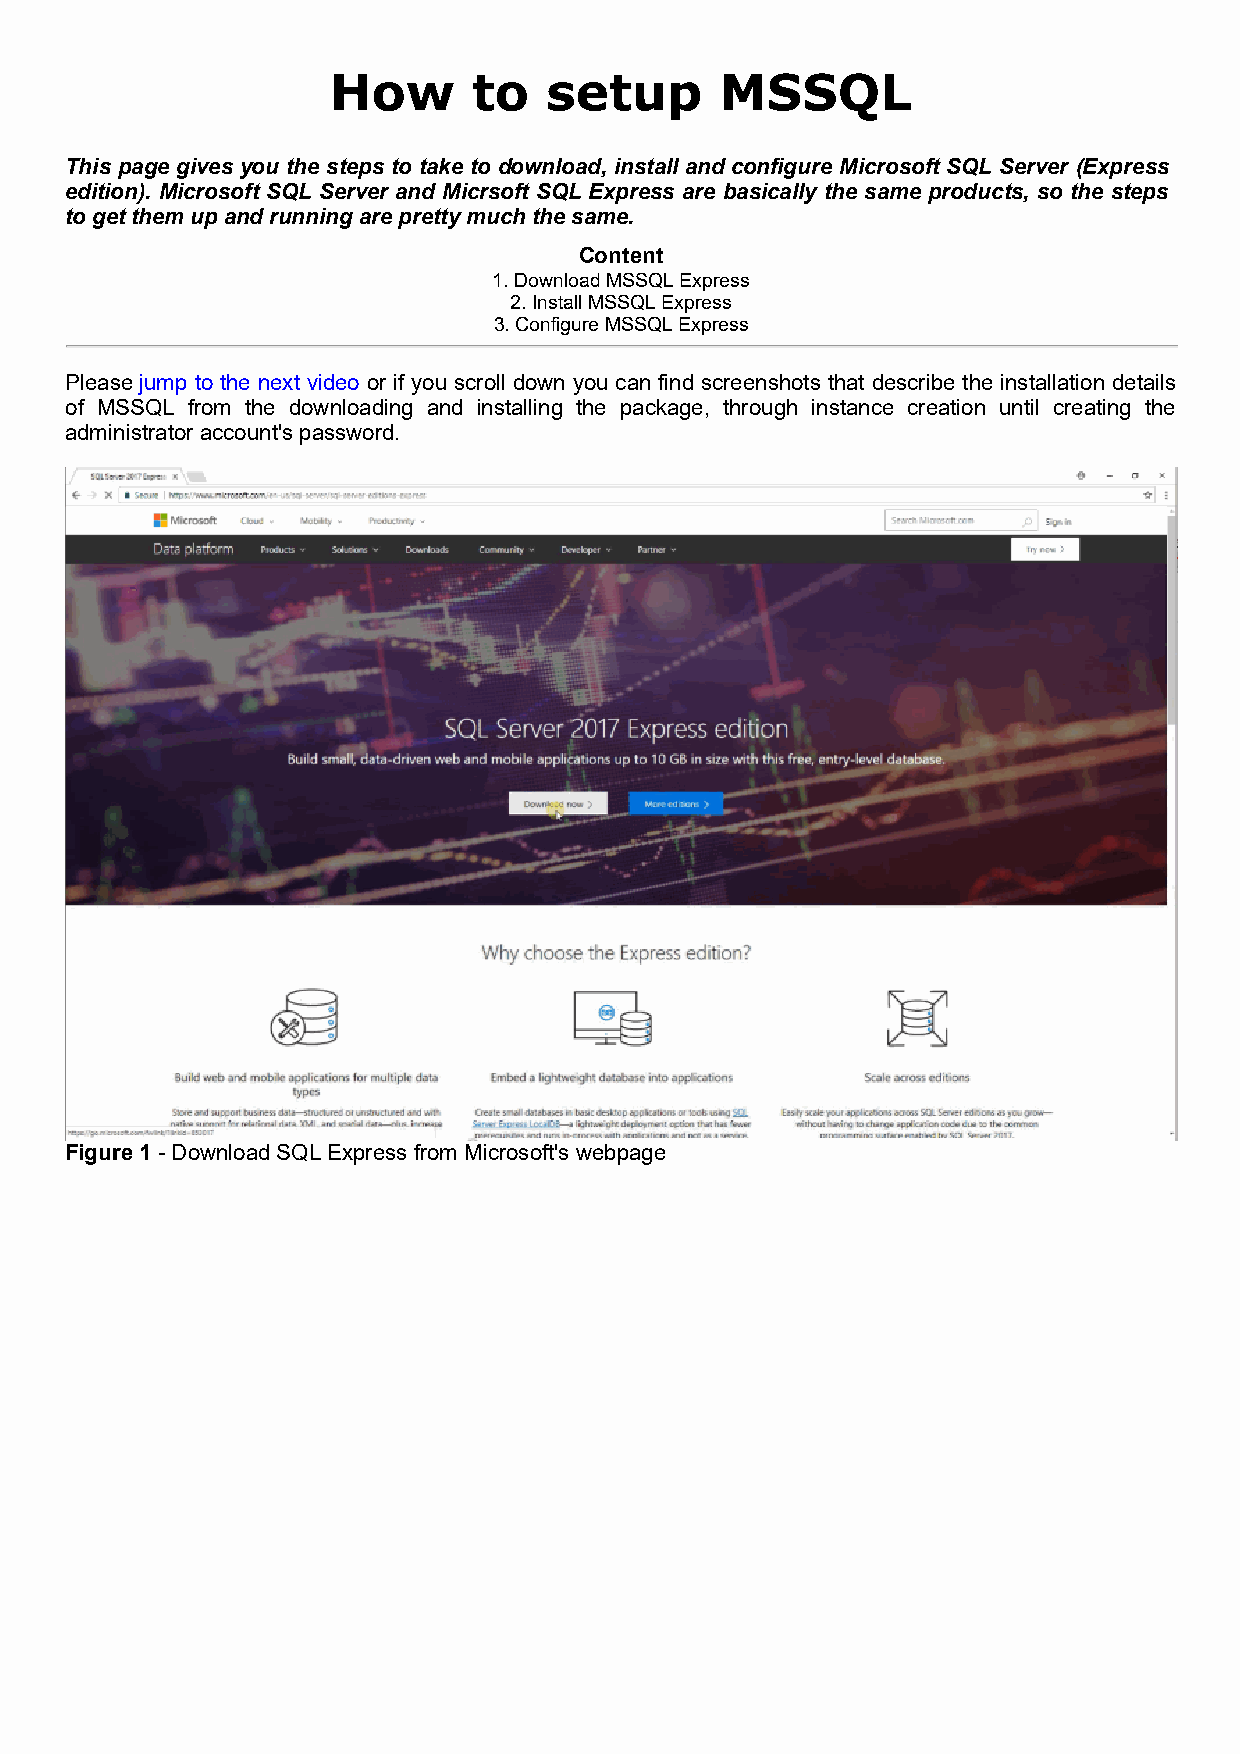
How      to   setup       MSSQL
 This page gives you the steps to take to download, install and configure Microsoft SQL Server (Express
 edition). Microsoft SQL Server and Micrsoft SQL Express are basically the same products, so the steps
 to get them up and running are pretty much the same.
 Content
 1. Download MSSQL Express
 2. Install MSSQL Express
 3. Configure MSSQL Express
 Please jump to the next video or if you scroll down you can find screenshots that describe the installation details
 of MSSQL from the downloading and installing the package, through instance creation until creating the
 administrator account's password.
 Figure 1 - Download SQL Express from Microsoft's webpage